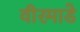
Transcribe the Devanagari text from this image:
वीरमाडे